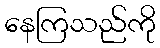
နေကြသည်ကို